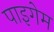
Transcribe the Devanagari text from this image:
पाइगेम